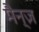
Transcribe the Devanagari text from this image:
मैन्ज़